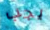
يجب